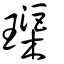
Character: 璖